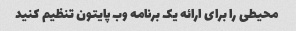
محیطی را برای ارائه یک برنامه وب پایتون تنظیم کنید